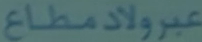
عبلولد مطاع